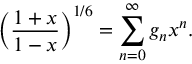
\biggl ( { \frac { 1 + x } { 1 - x } } \biggr ) ^ { 1 / 6 } = \sum _ { n = 0 } ^ { \infty } g _ { n } x ^ { n } .